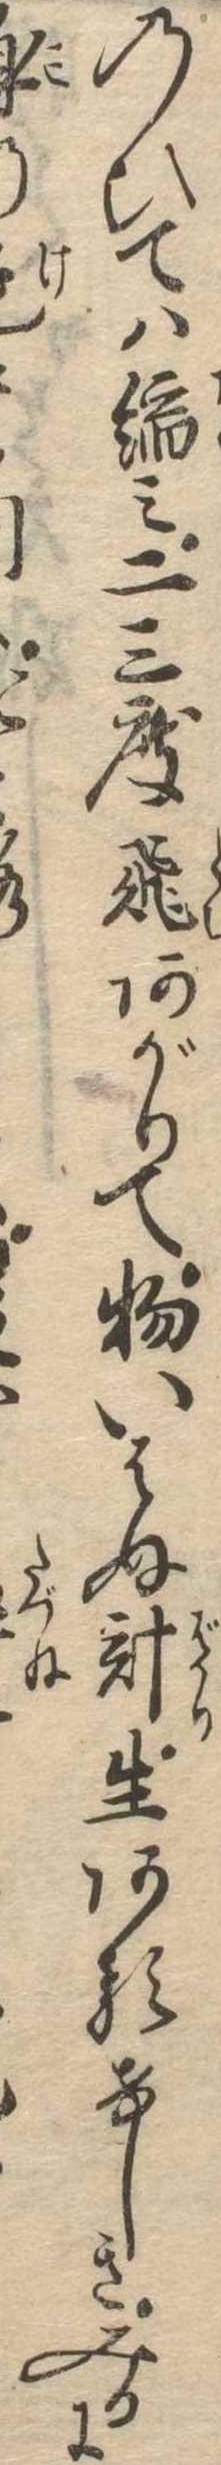
のひては縮み二三度飛あがりて物いはぬ計生あるけしきみるに